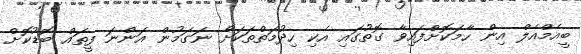
ބީއެމްއެލް އިން ހާމަކޮށްފައިވާ ގޮތުގައި އެކި ހިދުމަތްތަކަށް ނަގަމުން އަންނަ ފީތައް ބޮޑުކޮށް